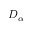
D _ { \alpha }